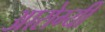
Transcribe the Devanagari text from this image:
आरोग्यी